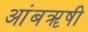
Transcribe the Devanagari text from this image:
आंबॠषी